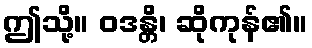
ဤသို့။ ဝဒန္တိ၊ ဆိုကုန်၏။